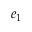
\boldsymbol { e } _ { 1 }